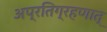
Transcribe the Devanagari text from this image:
अप्रतिग्रहणात्